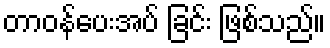
တာဝန်ပေးအပ် ခြင်း ဖြစ်သည်။